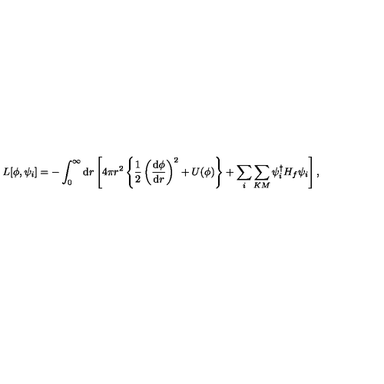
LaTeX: L [ \phi , \psi _ { i } ] = - \int _ { 0 } ^ { \infty } \mathrm { d } r \left[ 4 \pi r ^ { 2 } \left\{ \frac { 1 } { 2 } \left( \frac { \mathrm { d } \phi } { \mathrm { d } r } \right) ^ { 2 } + U ( \phi ) \right\} + \sum _ { i } \sum _ { K M } \psi _ { i } ^ { \dagger } H _ { f } \psi _ { i } \right] ,